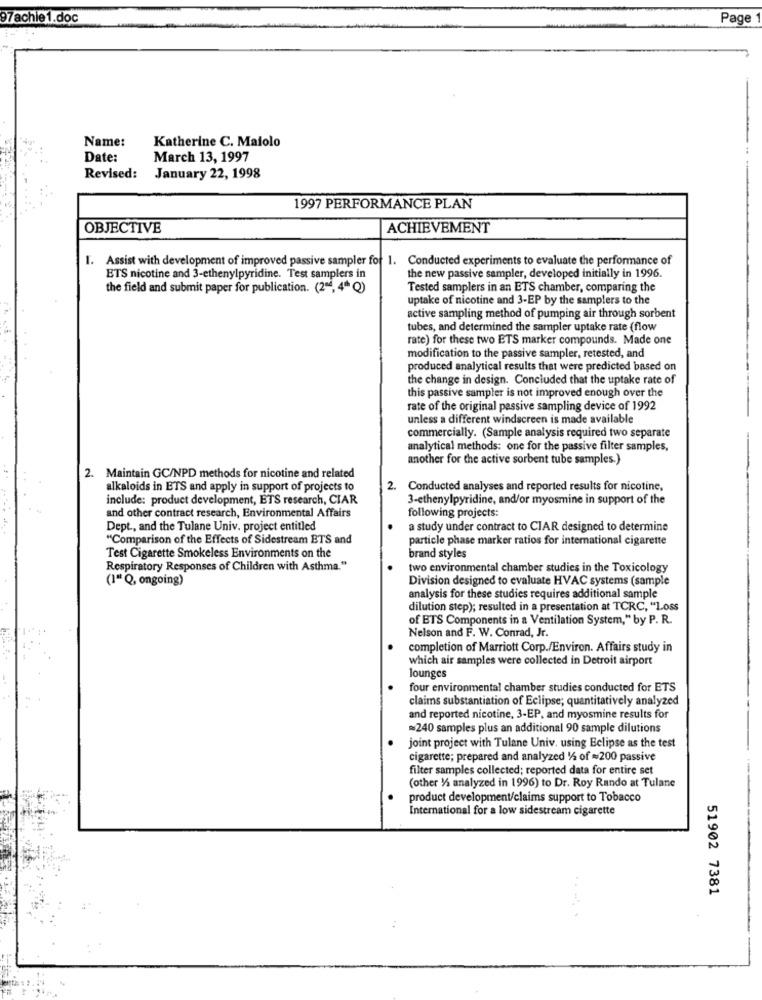
97achie1.doc
Page
Name:
Katherine C. Maiolo
Date:
March 13, 1997
Revised:
January 22, 1998
1997 PERFORMANCE PLAN
OBJECTIVE
ACHIEVEMENT
I. Assist with development of improved passive sampler for 1. Conducted experiments to evaluate the performance of
ETS nicotine and 3-ethenylpyridine. Test samplers in
the new passive sampler, developed initially in 1996.
the field and submit paper for publication. (2"", 4ª Q)
Tested samplers in an ETS chamber, comparing the
uptake of nicotine and 3-EP by the samplers to the
active sampling method of pumping air through sorbent
tubes, and determined the sampler uptake rate (flow
rate) for these two ETS marker compounds. Made one
modification to the passive sampler, retested, and
produced analytical results that were predicted based on
the change in design. Concluded that the uptake rate of
this passive sampler is not improved enough over the
rate of the original passive sampling device of 1992
unless a different windscreen is made available
commercially. (Sample analysis required two separate
analytical methods: one for the passive filter samples,
another for the active sorbent tube samples.)
2. Maintain GC/NPD methods for nicotine and related
alkaloids in ETS and apply in support of projects to
2. Conducted analyses and reported results for nicotine,
include: product development, ETS research, CIAR
3-ethenylpyridine, and/or myosmine in support of the
and other contract research, Environmental Affairs
following projects:
Dept ., and the Tulane Univ. project entitled
a study under contract to CIAR designed to determine
"Comparison of the Effects of Sidestream ETS and
particle phase marker ratios for international cigarette
Test Cigarette Smokeless Environments on the
brand styles
Respiratory Responses of Children with Asthma."
two environmental chamber studies in the Toxicology
(I" Q, ongoing)
Division designed to evaluate HVAC systems (sample
analysis for these studies requires additional sample
dilution step); resulted in a presentation at TCRC, "Loss
of ETS Components in a Ventilation System," by P. R.
Nelson and F. W. Conrad, Jr.
completion of Marriott Corp./Environ. Affairs study in
which air samples were collected in Detroit airport
lounges
four environmental chamber studies conducted for ETS
claims substantiation of Eclipse; quantitatively analyzed
and reported nicotine, 3-EP, and myosmine results for
=240 samples plus an additional 90 sample dilutions
joint project with Tulane Univ. using Eclipse as the test
cigarette; prepared and analyzed 1/2 of =200 passive
filter samples collected; reported data for entire set
(other )i analyzed in 1996) to Dr. Roy Rando at Tulane
product development/claims support to Tobacco
International for a low sidestream cigarette
51902 7381
. .